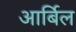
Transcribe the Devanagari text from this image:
आर्बिल